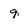
Character: 9